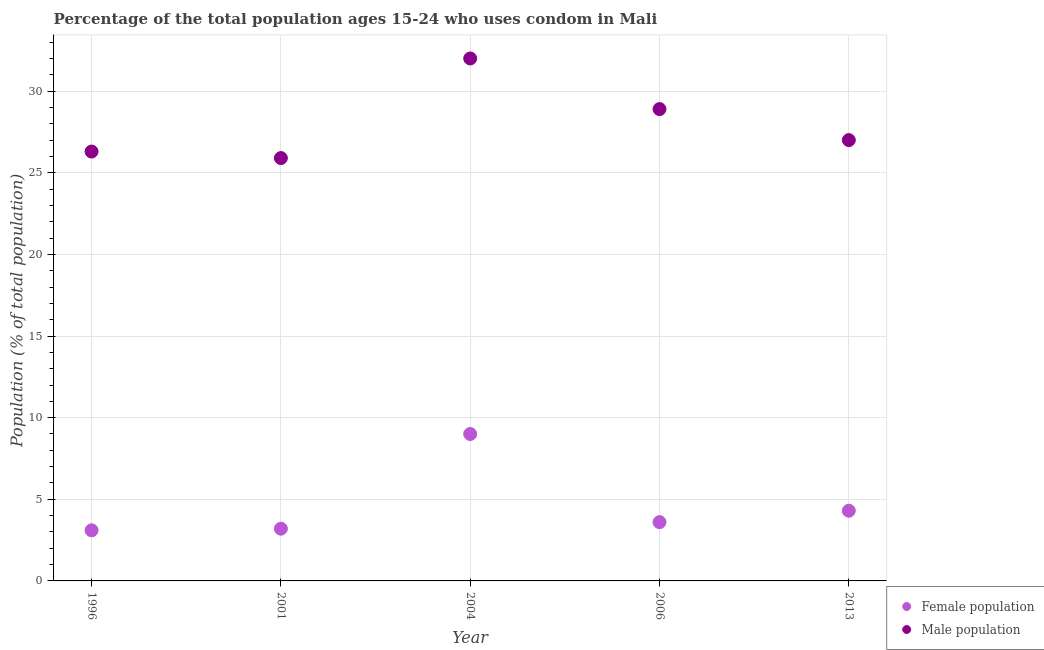
| Year | Female population | Male population |
 | --- | --- | --- |
 | 1996 | 3.1 | 26.3 |
 | 2001 | 3.2 | 25.9 |
 | 2004 | 9 | 32 |
 | 2006 | 3.6 | 28.9 |
 | 2013 | 4.3 | 27 |